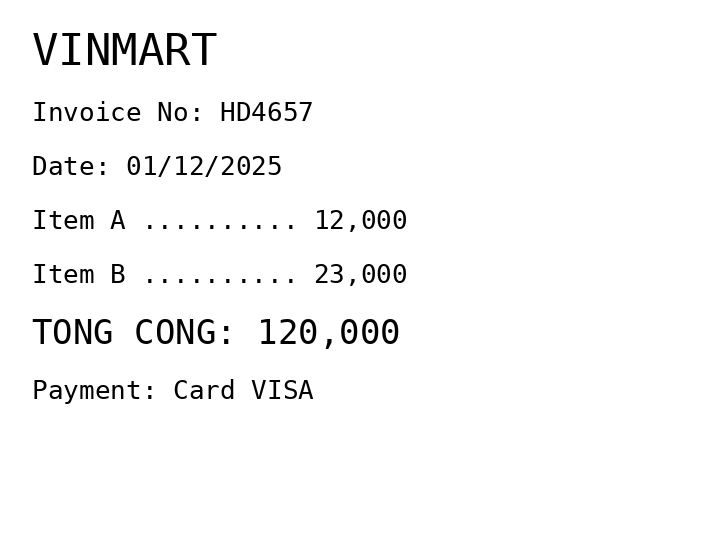
VINMART
Invoice No: HD4657
Date: 01/12/2025
Item A .......... 12,000
Item B .......... 23,000
TONG CONG: 120,000
Payment: Card VISA
Merchant: vinmart
Date: 2025-12-01
Total: 120000
Invoice No: HD4657
Payment method: CARD